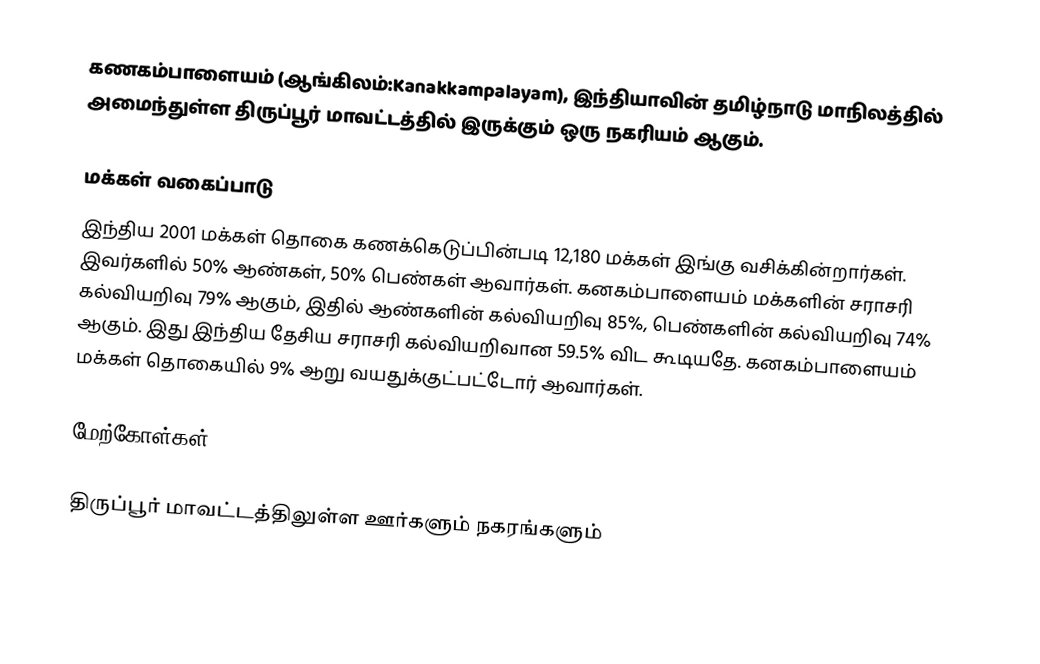
கணகம்பாளையம் (ஆங்கிலம்:Kanakkampalayam), இந்தியாவின் தமிழ்நாடு மாநிலத்தில் அமைந்துள்ள திருப்பூர் மாவட்டத்தில் இருக்கும் ஒரு நகரியம்  ஆகும்.

மக்கள் வகைப்பாடு
இந்திய 2001 மக்கள் தொகை கணக்கெடுப்பின்படி 12,180 மக்கள் இங்கு வசிக்கின்றார்கள். இவர்களில் 50% ஆண்கள், 50% பெண்கள் ஆவார்கள். கனகம்பாளையம் மக்களின் சராசரி கல்வியறிவு 79% ஆகும்,  இதில் ஆண்களின் கல்வியறிவு 85%,  பெண்களின் கல்வியறிவு 74% ஆகும். இது இந்திய தேசிய சராசரி கல்வியறிவான 59.5% விட கூடியதே. கனகம்பாளையம் மக்கள் தொகையில் 9%  ஆறு வயதுக்குட்பட்டோர் ஆவார்கள்.

மேற்கோள்கள்

திருப்பூர் மாவட்டத்திலுள்ள ஊர்களும் நகரங்களும்